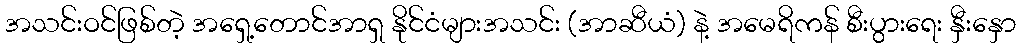
အသင်းဝင်ဖြစ်တဲ့ အရှေ့တောင်အာရှ နိုင်ငံများအသင်း (အာဆီယံ) နဲ့ အမေရိကန် စီးပွားရေး နှီးနှော